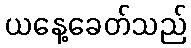
ယနေ့ခေတ်သည်